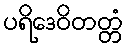
ပရိဒေဝိတတ္တံ